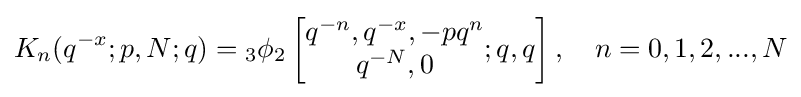
K_{n}(q^{-x};p,N;q)={}_{3}\phi _{2}\left[{\begin{matrix}q^{-n},q^{-x},-pq^{n}\\q^{-N},0\end{matrix}};q,q\right],\quad n=0,1,2,...,N